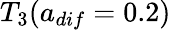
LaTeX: T_{3}(a_{dif}=0.2)